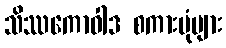
သိဿကောဝါဒ စကားပုံများ